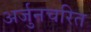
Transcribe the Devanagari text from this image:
अर्जुनचरित